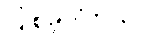
ပြုစုခဲ့ပါတယ်။